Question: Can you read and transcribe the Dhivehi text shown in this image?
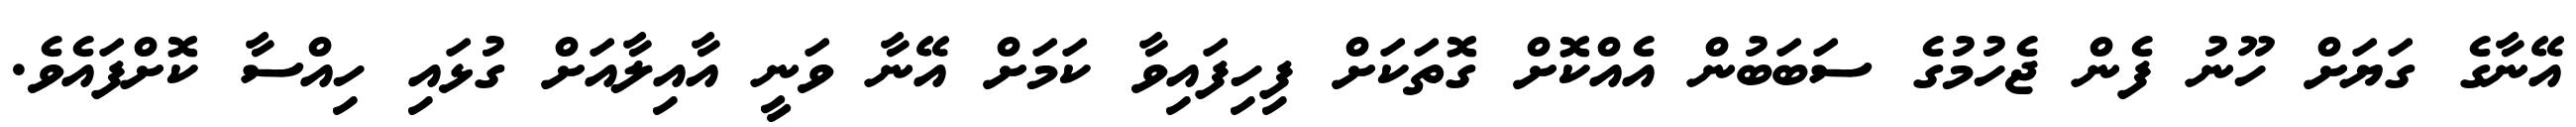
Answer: އޭނާގެ ގަޔަށް ހޫނު ފެން ޖެހުމުގެ ސަބަބުން އެއްކޮށް ގޮތަކަށް ފިހިފައިވާ ކަމަށް އޭނާ ވަނީ އާއިލާއަށް ގުޅައި ހިއްސާ ކޮށްފައެވެ.